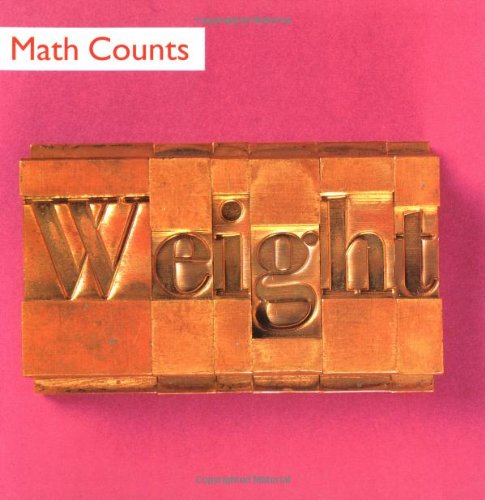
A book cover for Weight (Math Counts); Henry Pluckrose; Science & Math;